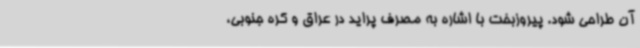
آن طراحی شود. پیروزبخت با اشاره به مصرف پراید در عراق و کره جنوبی،